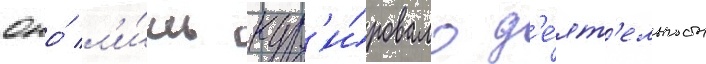
Оно́ л'и́шь кур'и́ровало д'е́ят'ельность